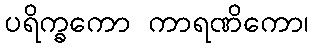
ပရိက္ခကော ကာရဏိကော၊